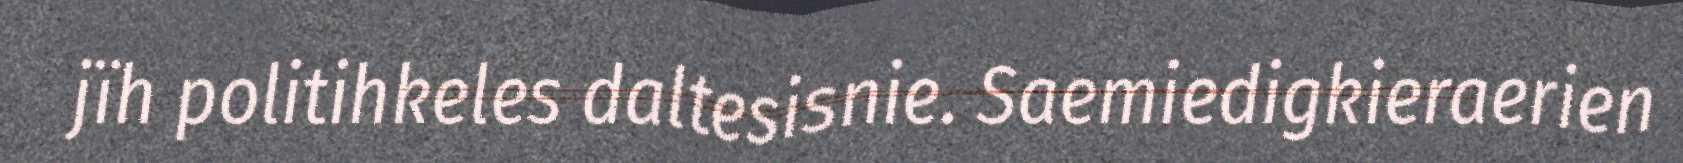
jïh politihkeles daltesisnie. Saemiedigkieraerien